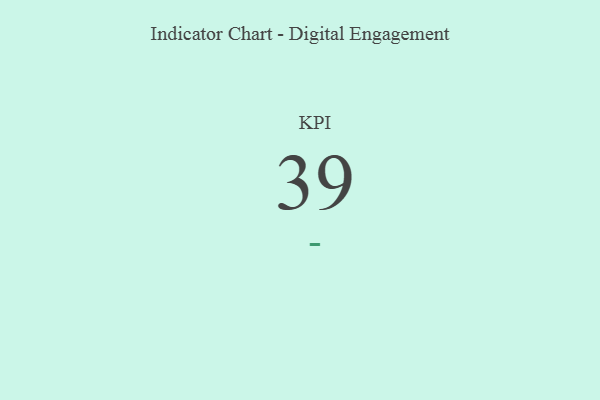
{"axis": {"x": "KPI", "y": "Value"}, "legend": [""], "data": [{"x": "KPI", "y": 39, "type": ""}]}